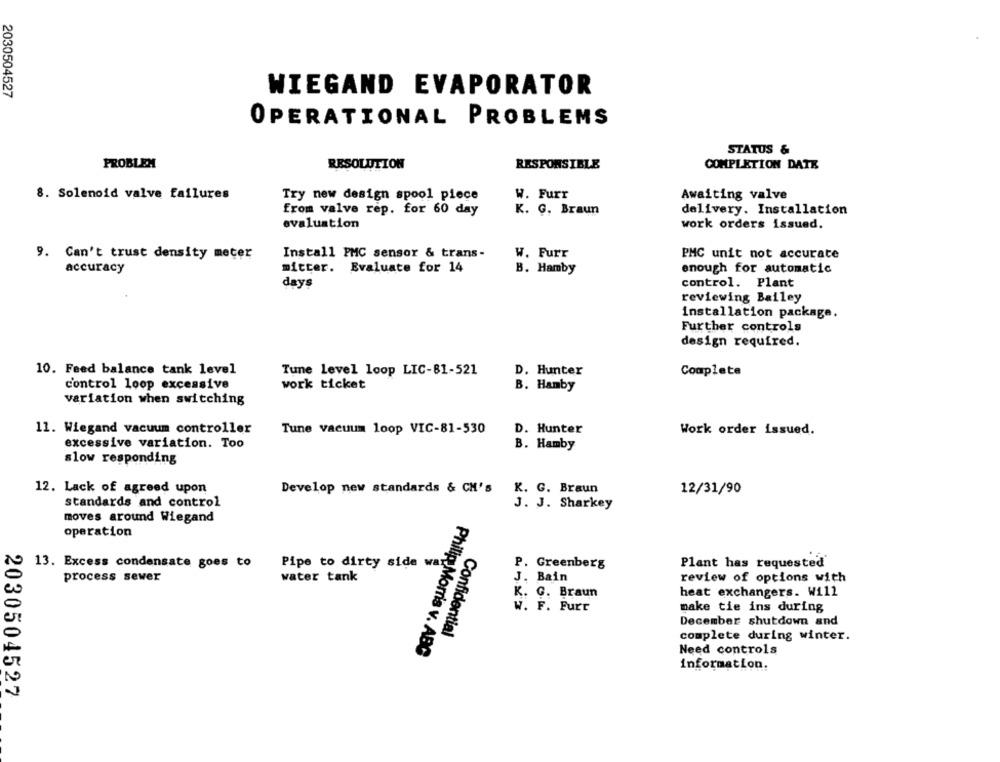
WIEGAND EVAPORATOR
2030504527
OPERATIONAL PROBLEMS
STATUS &
PROBLEM
RESOLUTION
RESPONSIBLE
COMPLETION DATE
8. Solenoid valve failures
Try new design spool piece
W. Furr
Awaiting valve
from valve rep. for 60 day
K. G. Braun
delivery. Installation
evaluation
work orders issued.
9. Can't trust density meter
Install PMC sensor & trans-
W. Furr
PMC unit not accurate
accuracy
mitter. Evaluate for 14
B. Hamby
enough for automatic
control. Plant
days
reviewing Bailey
installation package.
Further controls
design required.
10. Feed balance tank level
Tune Level loop LIC-81-521
D. Hunter
Complete
control loop excessive
work ticket
B. Hamby
variation when switching
11. Wiegand vacuum controller
Tune vacuum loop VIC-81-530
D. Hunter
Work order issued.
excessive variation. Too
B. Hamby
slow responding
12. Lack of agreed upon
Develop new standards & CH's K. G. Braun
12/31/90
standards and control
J. J. Sharkey
moves around Wiegand
operation
13. Excess condensate goes to
Pipe to dirty side war
P. Greenberg
Plant has requested'
process sewer
water tank
J. Bain
review of options with
K. G. Braun
heat exchangers. Will
W. F. Furt
make tie ins during
December shutdown and
Confidential
complete during winter.
Philip Morris v. ABC
Need controls
information.
2030504527